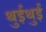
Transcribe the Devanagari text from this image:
थुईथुई